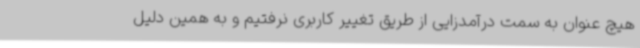
هیچ عنوان به سمت درآمدزایی از طریق تغییر کاربری نرفتیم و به همین دلیل